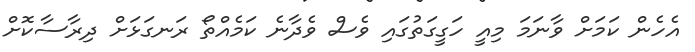
އެހެން ކަމަށް ވާނަމަ މިއީ ހަގީގަތުގައި ވެސް ވެދާނެ ކަމެއްތޯ ރަނގަޅަށް ދިރާސާކޮށް